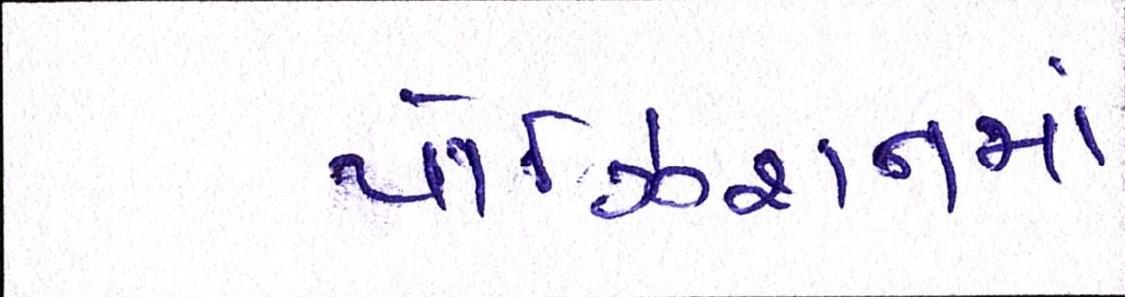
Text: પોઝિશનમાં